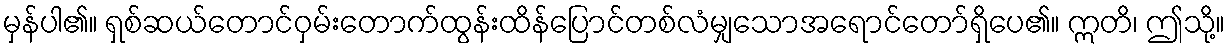
မှန်ပါ၏။ ရှစ်ဆယ်တောင်ဝှမ်းတောက်ထွန်းထိန်ပြောင်တစ်လံမျှသောအရောင်တော်ရှိပေ၏။ ဣတိ၊ ဤသို့။